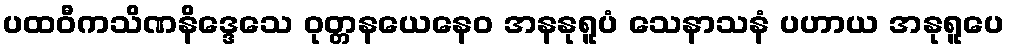
ပထဝီကသိဏနိဒ္ဒေသေ ဝုတ္တနယေနေဝ အနနုရူပံ သေနာသနံ ပဟာယ အနုရူပေ